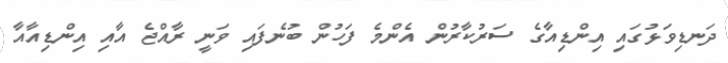
ދަނޑިވަޅުގައި އިންޑިއާގެ ސަރުކާރުން އެންމެ ފަހުން ބުނެފައި ވަނީ ރާއްޖެ އާއި އިންޑިއާއާ